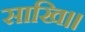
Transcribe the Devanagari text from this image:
साखि।।